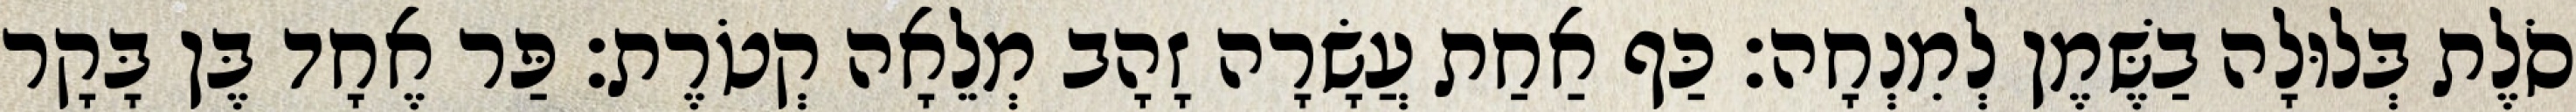
סֹלֶת בְּלוּלָה בַשֶּׁמֶן לְמִנְחָה׃ כַּף אַחַת עֲשָׂרָה זָהָב מְלֵאָה קְטֹרֶת׃ פַּר אֶחָד בֶּן בָּקָר